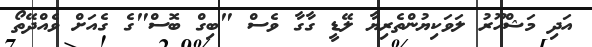
އަދި މަޝްހޫރު ލަވަކިޔުންތެރިޔާ ލޭޑީ ގާގާ ވެސް "ބިގް ބޮސް"ގެ ގެއަށް ވެއްދޭތޯ